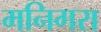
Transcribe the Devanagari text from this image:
मनिगरा